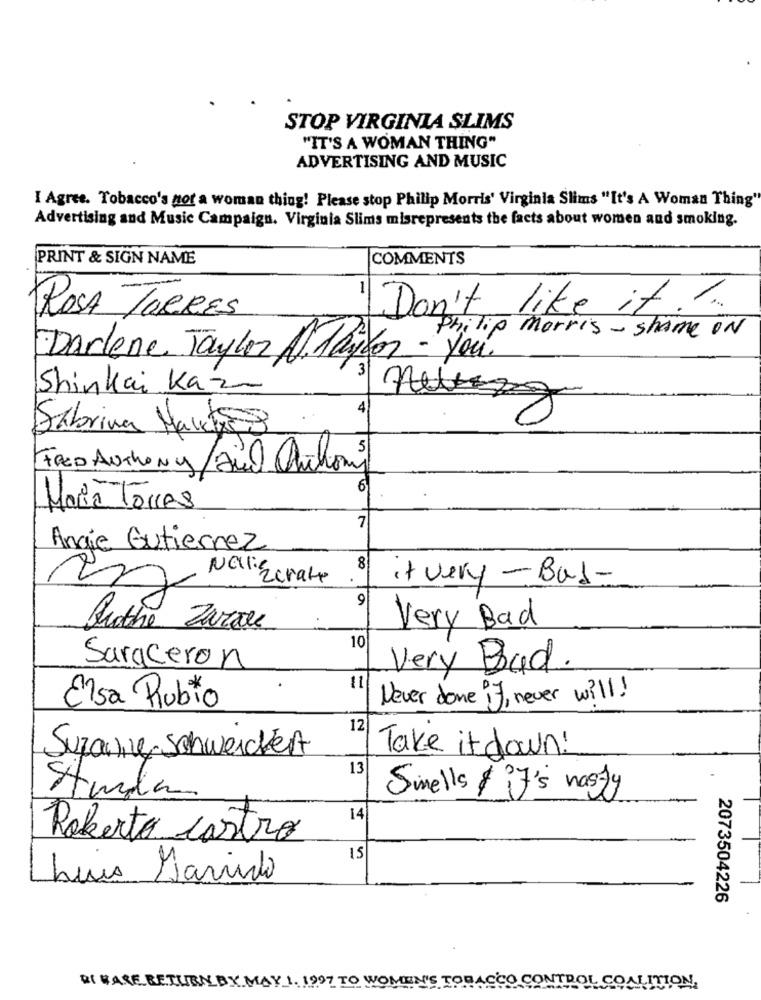
STOP VIRGINIA SLIMS
"IT'S A WOMAN THING"
ADVERTISING AND MUSIC
I Agree. Tobacco's nor a woman thing! Please stop Philip Morris' Virginia Slims "It's A Woman Thing"
Advertising and Music Campaign. Virginia Slims misrepresents the facts about women and smoking.
PRINT & SIGN NAME
COMMENTS
Don't like it ..
ROSA TORRES
Darlene Taylor Al. Maston-Philip Morris - shame ON
3
Shinkai Kazn
4
Sabrina Marktes 8
FRED AuThony/aud Auchoni
6
More Torres
7
Angie Gutierrez
8
it very - Bat-
9
Ruathe Zarate
Very Bad
10
Saraceron
Very Bad.
11
Never done if, never will!
Elsa Rubto
12
Suzanne
schweickert
Take it down!
13
Smells & it's nasty
Studa
14
Roberto castro
15
Luis Marido
2073504226
N'S TOR
DI MARE RETURN BY MAY 1. 1997
TION